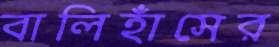
বালিহাঁসের